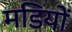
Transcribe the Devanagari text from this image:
मडियों